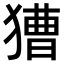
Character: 𤡐